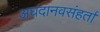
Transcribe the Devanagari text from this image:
अघदानवसंहर्ता